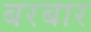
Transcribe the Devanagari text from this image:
बरबार